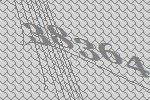
38364